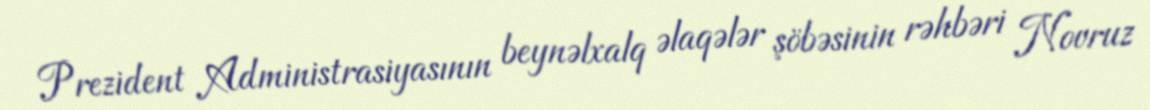
Prezident Administrasiyasının beynəlxalq əlaqələr şöbəsinin rəhbəri Novruz